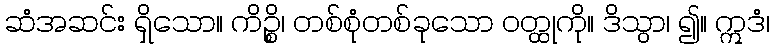
ဆံအဆင်း ရှိသော။ ကိဉ္စိ၊ တစ်စုံတစ်ခုသော ဝတ္ထုကို။ ဒိသွာ၊ ၍။ ဣဒံ၊